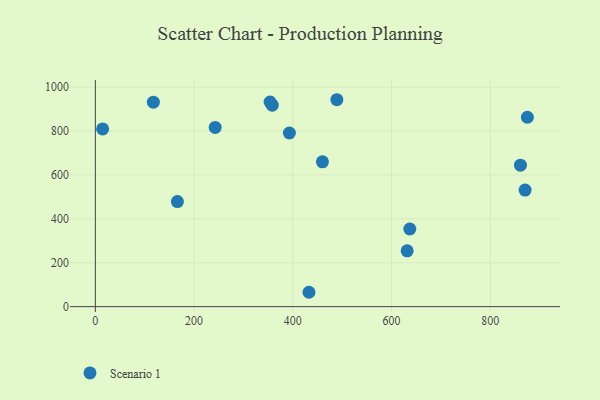
{"axis": {"x": "Price", "y": "Sales"}, "legend": ["Scenario 1"], "data": [{"x": "358.3", "y": 917.9, "type": "Scenario 1"}, {"x": "166.2", "y": 478.8, "type": "Scenario 1"}, {"x": "117.5", "y": 931.4, "type": "Scenario 1"}, {"x": "460.0", "y": 659.9, "type": "Scenario 1"}, {"x": "353.9", "y": 932.3, "type": "Scenario 1"}, {"x": "870.5", "y": 531.2, "type": "Scenario 1"}, {"x": "393.0", "y": 791.1, "type": "Scenario 1"}, {"x": "861.1", "y": 644.4, "type": "Scenario 1"}, {"x": "875.1", "y": 862.8, "type": "Scenario 1"}, {"x": "242.7", "y": 816.5, "type": "Scenario 1"}, {"x": "631.6", "y": 254.5, "type": "Scenario 1"}, {"x": "489.2", "y": 942.7, "type": "Scenario 1"}, {"x": "637.0", "y": 353.7, "type": "Scenario 1"}, {"x": "432.7", "y": 65.5, "type": "Scenario 1"}, {"x": "14.7", "y": 809.6, "type": "Scenario 1"}]}